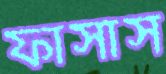
ফাসাস